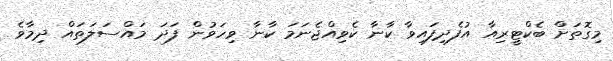
މިގޮތަށް ބެކްޓީރިއާ އުފެދިފައިވާ ކާނާ ކެވިއްޖެނަމަ ކާނާ ވިހަވުން ފަދަ މައްސަލަތައް ދިމާވެ